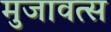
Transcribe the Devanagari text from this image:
मुजावत्स